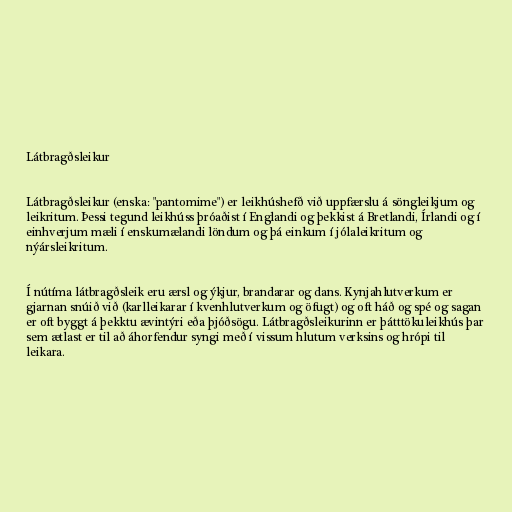
Látbragðsleikur

Látbragðsleikur (enska: "pantomime") er leikhúshefð við uppfærslu á söngleikjum og
leikritum. Þessi tegund leikhúss þróaðist í Englandi og þekkist á Bretlandi, Írlandi og í
einhverjum mæli í enskumælandi löndum og þá einkum í jólaleikritum og
nýársleikritum.

Í nútíma látbragðsleik eru ærsl og ýkjur, brandarar og dans. Kynjahlutverkum er
gjarnan snúið við (karlleikarar í kvenhlutverkum og öfugt) og oft háð og spé og sagan
er oft byggt á þekktu ævintýri eða þjóðsögu. Látbragðsleikurinn er þátttökuleikhús þar
sem ætlast er til að áhorfendur syngi með í vissum hlutum verksins og hrópi til
leikara.